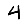
Digit: 4